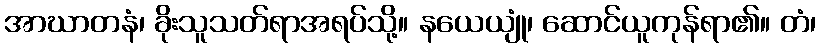
အာဃာတနံ၊ ခိုးသူသတ်ရာအရပ်သို့။ နယေယျုံ၊ ဆောင်ယူကုန်ရာ၏။ တံ၊